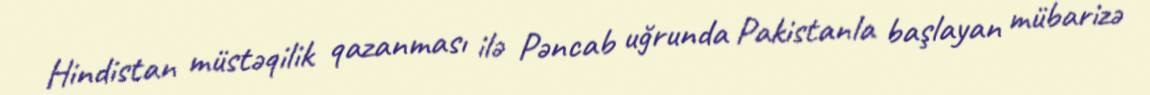
Hindistan müstəqilik qazanması ilə Pəncab uğrunda Pakistanla başlayan mübarizə